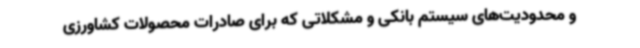
و محدودیت‌های سیستم بانکی و مشکلاتی که برای صادرات محصولات کشاورزی